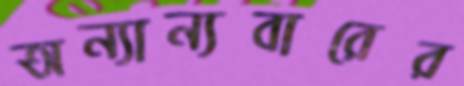
অন্যান্যবারের